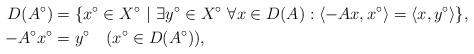
LaTeX: \begin{align*}D(A^{\circ}) & = \{x^{\circ}\in X^{\circ}\ |\ \exists y^{\circ}\in X^{\circ}\ \forall x\in D(A): \langle -Ax,x^{\circ} \rangle=\langle x,y^{\circ} \rangle\},\\ -A^{\circ}x^{\circ}& = y^{\circ} \quad(x^{\circ}\in D(A^{\circ})),\end{align*}